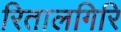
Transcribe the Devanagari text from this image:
रितालगिरि